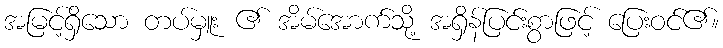
အမြင့်ရှိသော တပ်မှူး ၏ အိမ်အောက်သို့ အရှိန်ပြင်းစွာဖြင့် ပြေးဝင်၏။